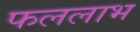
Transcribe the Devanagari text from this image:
फललाभ